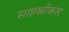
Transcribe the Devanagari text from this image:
साहस्त्रीकार